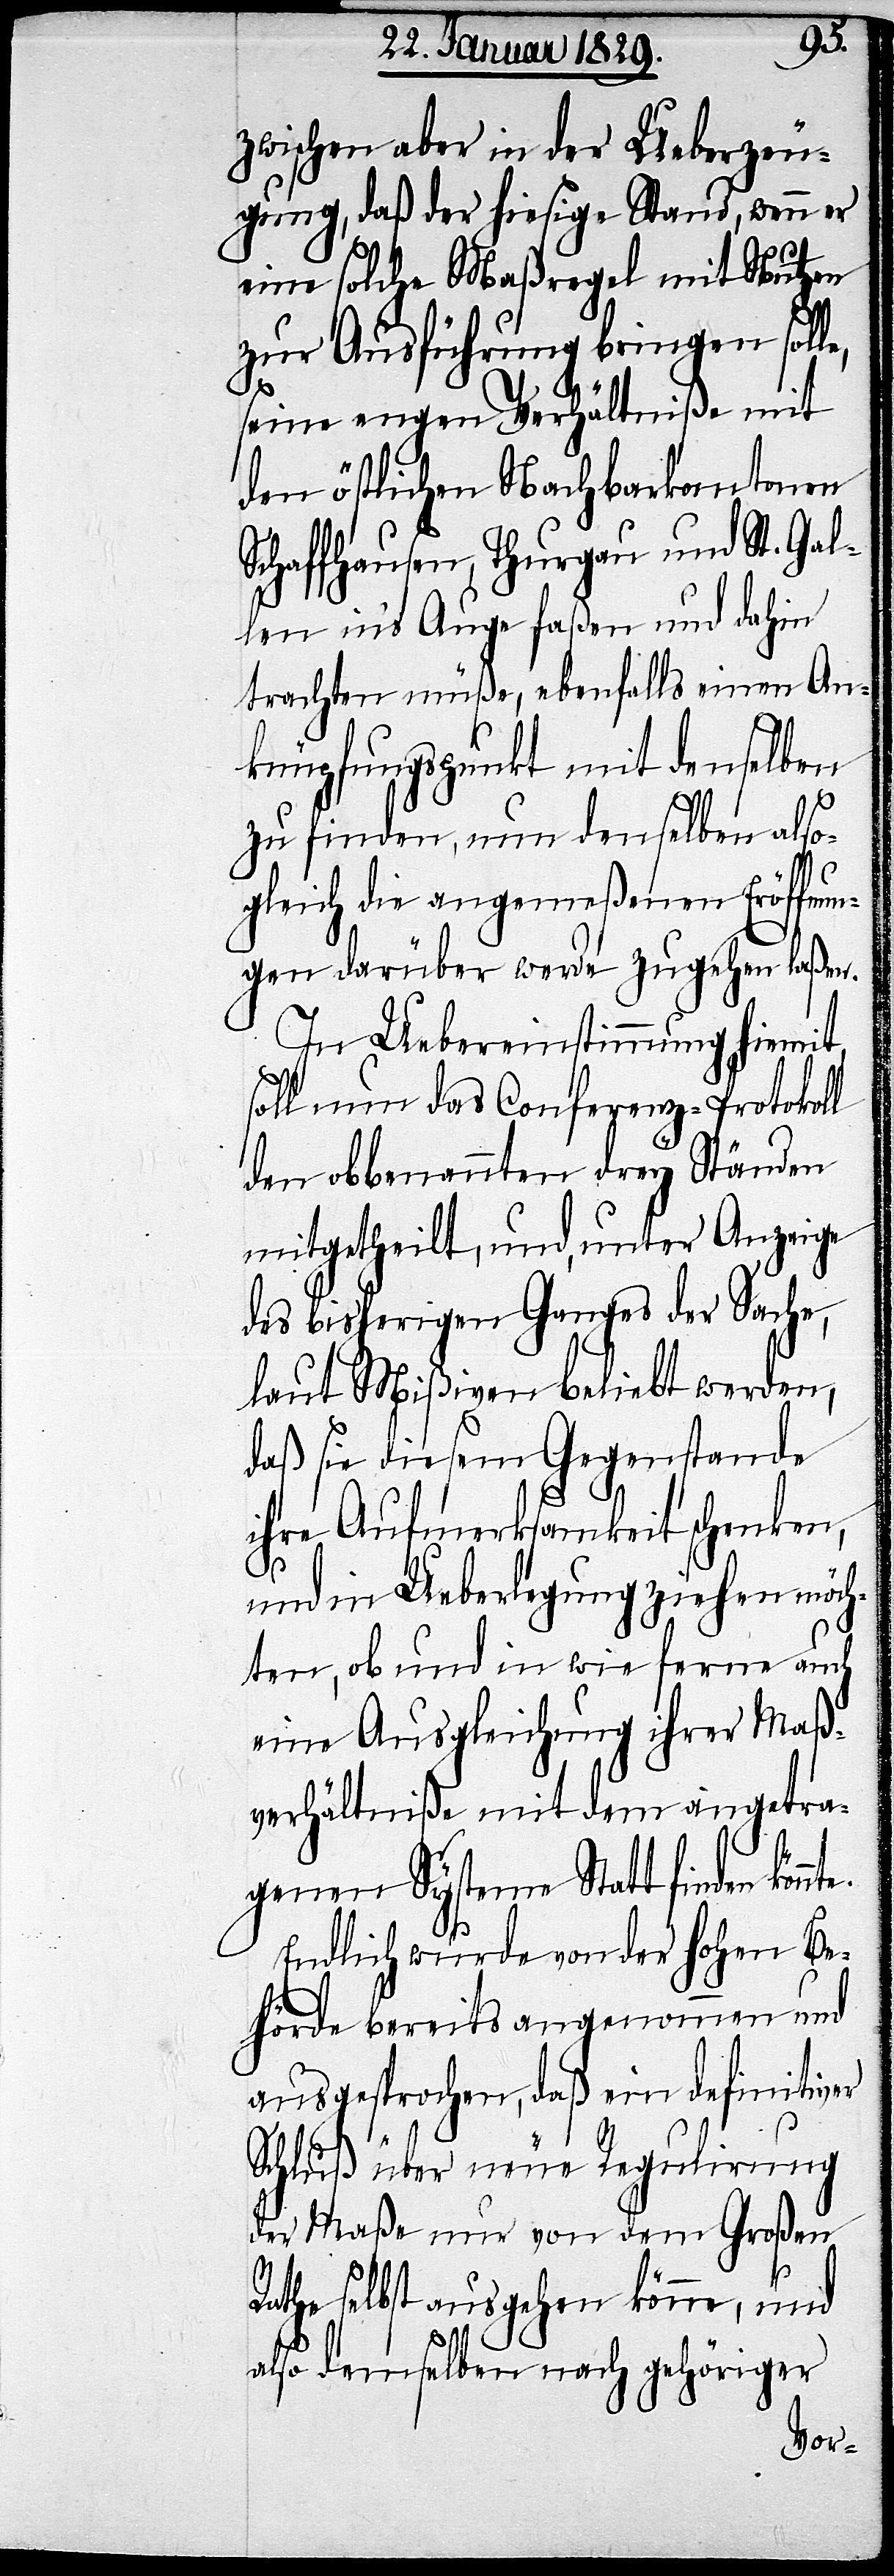
nte.
zwischen aber in der Ueberzeu¬
gung, daß der hiesige Stand, wenn er
eine solche Maßregel mit Nutzen
zur Ausführung bringen solle,
seine engen Verhältniße mit
den östlichen Nachbarkantonen
Schaffhausen, Thurgau und St. Gal¬
len in’s Auge faßen und dahin
trachten müße, ebenfalls einen An¬
knüpfungspunkt mit denselben
zu finden, nun denselben also¬
gleich die angemeßenen Eröffnu¬
ngen darüber werde zugehen laßen.
In Uebereinstimmung hiemit
soll nun das Conferenz-Protokoll
den obbenannten drey Ständen
mitgetheilt, und, unter Anzeige
des bisherigen Ganges der Sache,
laut Mißiven beliebt werden,
daß sie diesem Gegenstande
ihre Aufmerksamkeit schenken,
und in Ueberlegung ziehen möch¬
ten, ob und in wie ferne auch
eine Ausgleichung ihrer Maß¬
verhältniße mit dem angetra¬
genen Systeme Statt finden kön¬
Endlich wurde von der Hohen Be¬
hörde bereits angenommen und
ausgesprochen, daß ein definitiver
Schluß über neue Regulirung
der Maße nur von dem Großen
Rathe selbst ausgehen könne, und
also demselben nach gehöriger